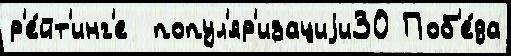
р'е́йт'инг'е  попул'яр'изациjи30 Поб'е́да